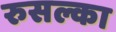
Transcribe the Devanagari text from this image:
रुसल्का